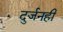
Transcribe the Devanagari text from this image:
दुर्जनही